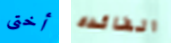
أختى الفائده